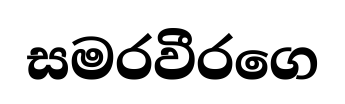
සමරවීරගෙ